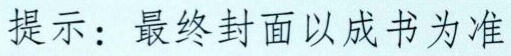
提示：最终封面以成书为准